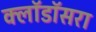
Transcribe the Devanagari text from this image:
क्लॉडॉसरा